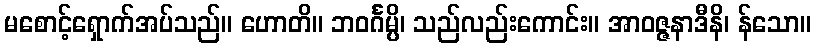
မစောင့်ရှောက်အပ်သည်။ ဟောတိ။ ဘဝင်္ဂမ္ပိ၊ သည်လည်းကောင်း။ အာဝဇ္ဇနာဒီနိ၊ န်သော။